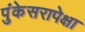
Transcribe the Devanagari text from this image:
पुंकेसरापेक्षा